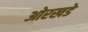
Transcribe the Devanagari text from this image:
ओरखडे